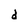
Character: d